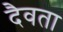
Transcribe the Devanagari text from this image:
दैवता